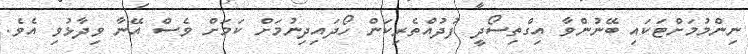
ނިންމުމަށްޓަކައި ބޭނުންވާ އިގްތިސޯދީ ފުދުއްތެރިކަން ހޯދައިދިނުމަށް ކަމަށް ވެސް އޭނާ ވިދާޅުވި އެވެ.